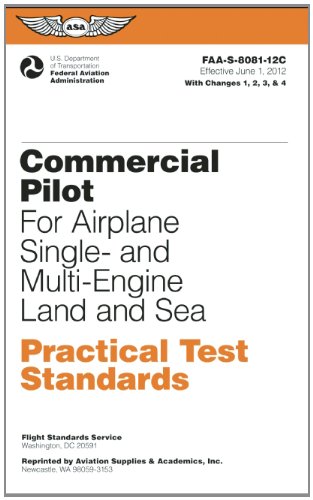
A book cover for Commercial Pilot Practical Test Standards for Airplane Single- and Multi-Engine Land and Sea: FAA-S-8081-12C (Practical Test Standards series); Federal Aviation Administration (FAA)/Aviation Supplies & Academics (ASA); Engineering & Transportation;